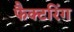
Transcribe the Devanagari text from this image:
फैक्टरिंग